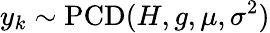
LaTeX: y_{k}\sim\operatorname{PCD}(H,g,\mu,\sigma^{2})